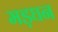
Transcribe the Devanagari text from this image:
मड़घन